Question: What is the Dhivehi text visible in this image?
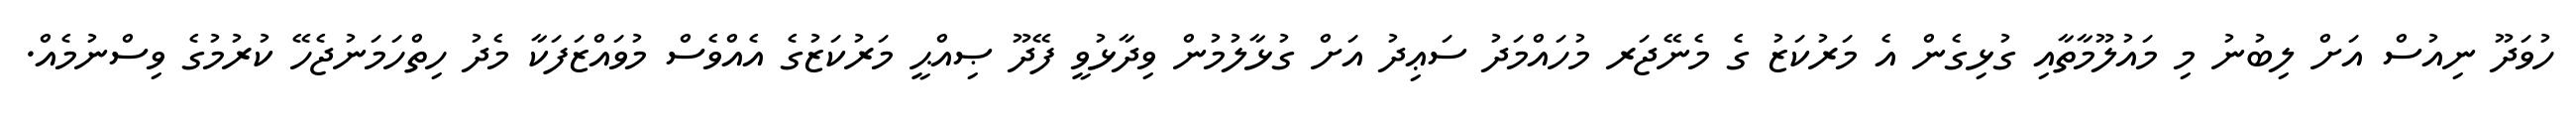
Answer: ހުވަދޫ ނިއުސް އަށް ލިބުނު މި މައުލޫމާތާއި ގުޅިގެން އެ މަރުކަޒު ގެ މެނޭޖަރ މުހައްމަދު ސަޢިދު އަށް ގުޅާލުމުން ވިދާޅުވީ ފޭދޫ ޞިއްޙީ މަރުކަޒުގެ އެއްވެސް މުވައްޒަފަކާ މެދު ހިތްހަމަނުޖެހޭ ކުރުމުގެ ވިސްނުމެއް.